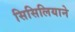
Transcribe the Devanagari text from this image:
सिसिलियाने